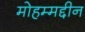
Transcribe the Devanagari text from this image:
मोहम्मद्दीन